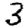
Digit: 3